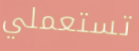
تستعملي